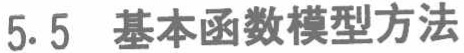
5.5 基本函数模型方法